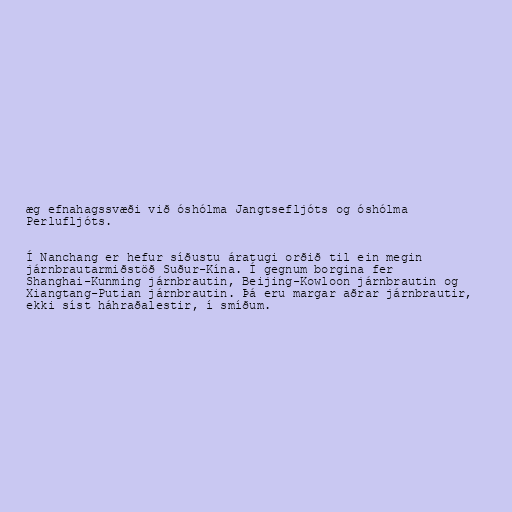
æg efnahagssvæði við óshólma Jangtsefljóts og óshólma
Perlufljóts.

Í Nanchang er hefur síðustu áratugi orðið til ein megin
járnbrautarmiðstöð Suður-Kína. Í gegnum borgina fer
Shanghai-Kunming járnbrautin, Beijing-Kowloon járnbrautin og
Xiangtang-Putian járnbrautin. Þá eru margar aðrar járnbrautir,
ekki síst háhraðalestir, í smíðum.